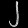
Digit: ၂